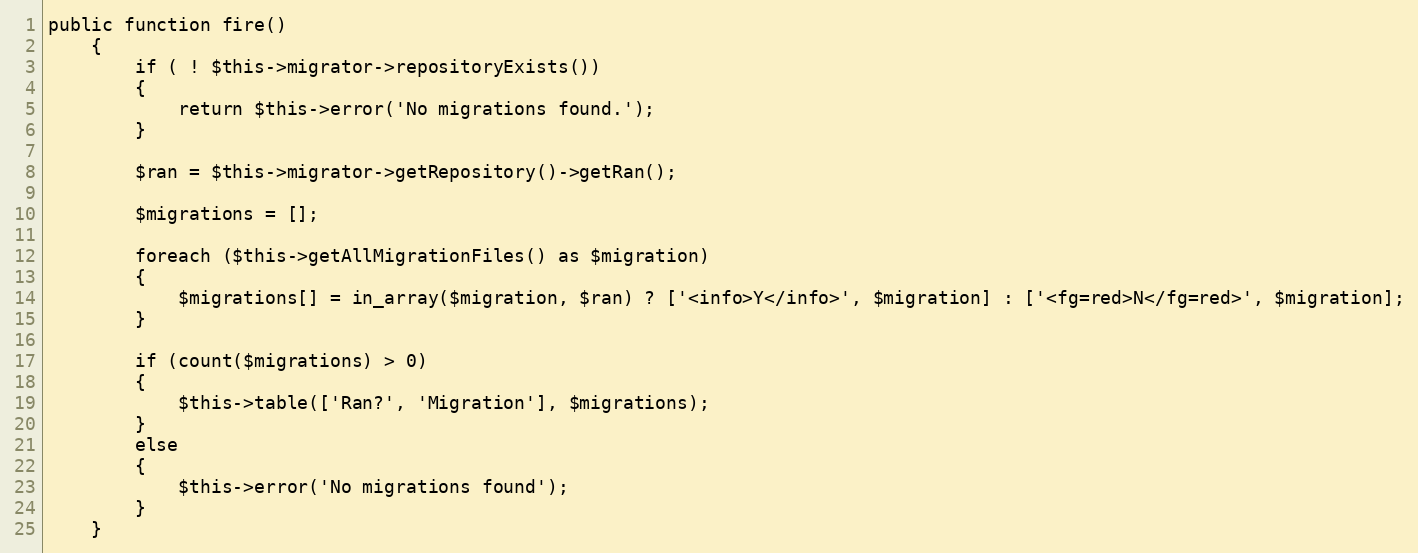
Language: PHP
public function fire()
	{
		if ( ! $this->migrator->repositoryExists())
		{
			return $this->error('No migrations found.');
		}

		$ran = $this->migrator->getRepository()->getRan();

		$migrations = [];

		foreach ($this->getAllMigrationFiles() as $migration)
		{
			$migrations[] = in_array($migration, $ran) ? ['<info>Y</info>', $migration] : ['<fg=red>N</fg=red>', $migration];
		}

		if (count($migrations) > 0)
		{
			$this->table(['Ran?', 'Migration'], $migrations);
		}
		else
		{
			$this->error('No migrations found');
		}
	}